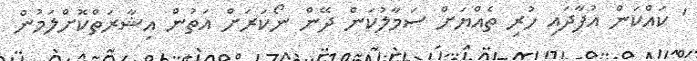
' ކައްކަން އުފާދައި ހުރި ތެއްޔަށް ސަމާލުކަން ދޭން ނޯކަރަށް އަތުން އިޝާރަތްކޮށްލަމުން